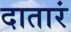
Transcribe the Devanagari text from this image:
दातारं